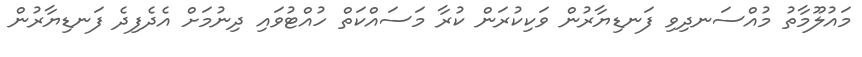
މައުލޫމާތު މުއްސަނދިވި ފަނޑިޔާރުން ވަކިކުރަން ކުރާ މަސައްކަތް ހުއްޓުވައި ދިނުމަށް އެދެފިދެ ފަނޑިޔާރުން